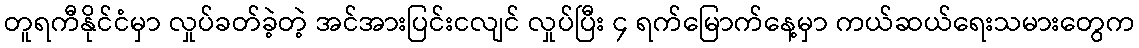
တူရကီနိုင်ငံမှာ လှုပ်ခတ်ခဲ့တဲ့ အင်အားပြင်းငလျင် လှုပ်ပြီး ၄ ရက်မြောက်နေ့မှာ ကယ်ဆယ်ရေးသမားတွေက